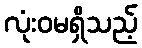
လုံးဝမရှိသည့်